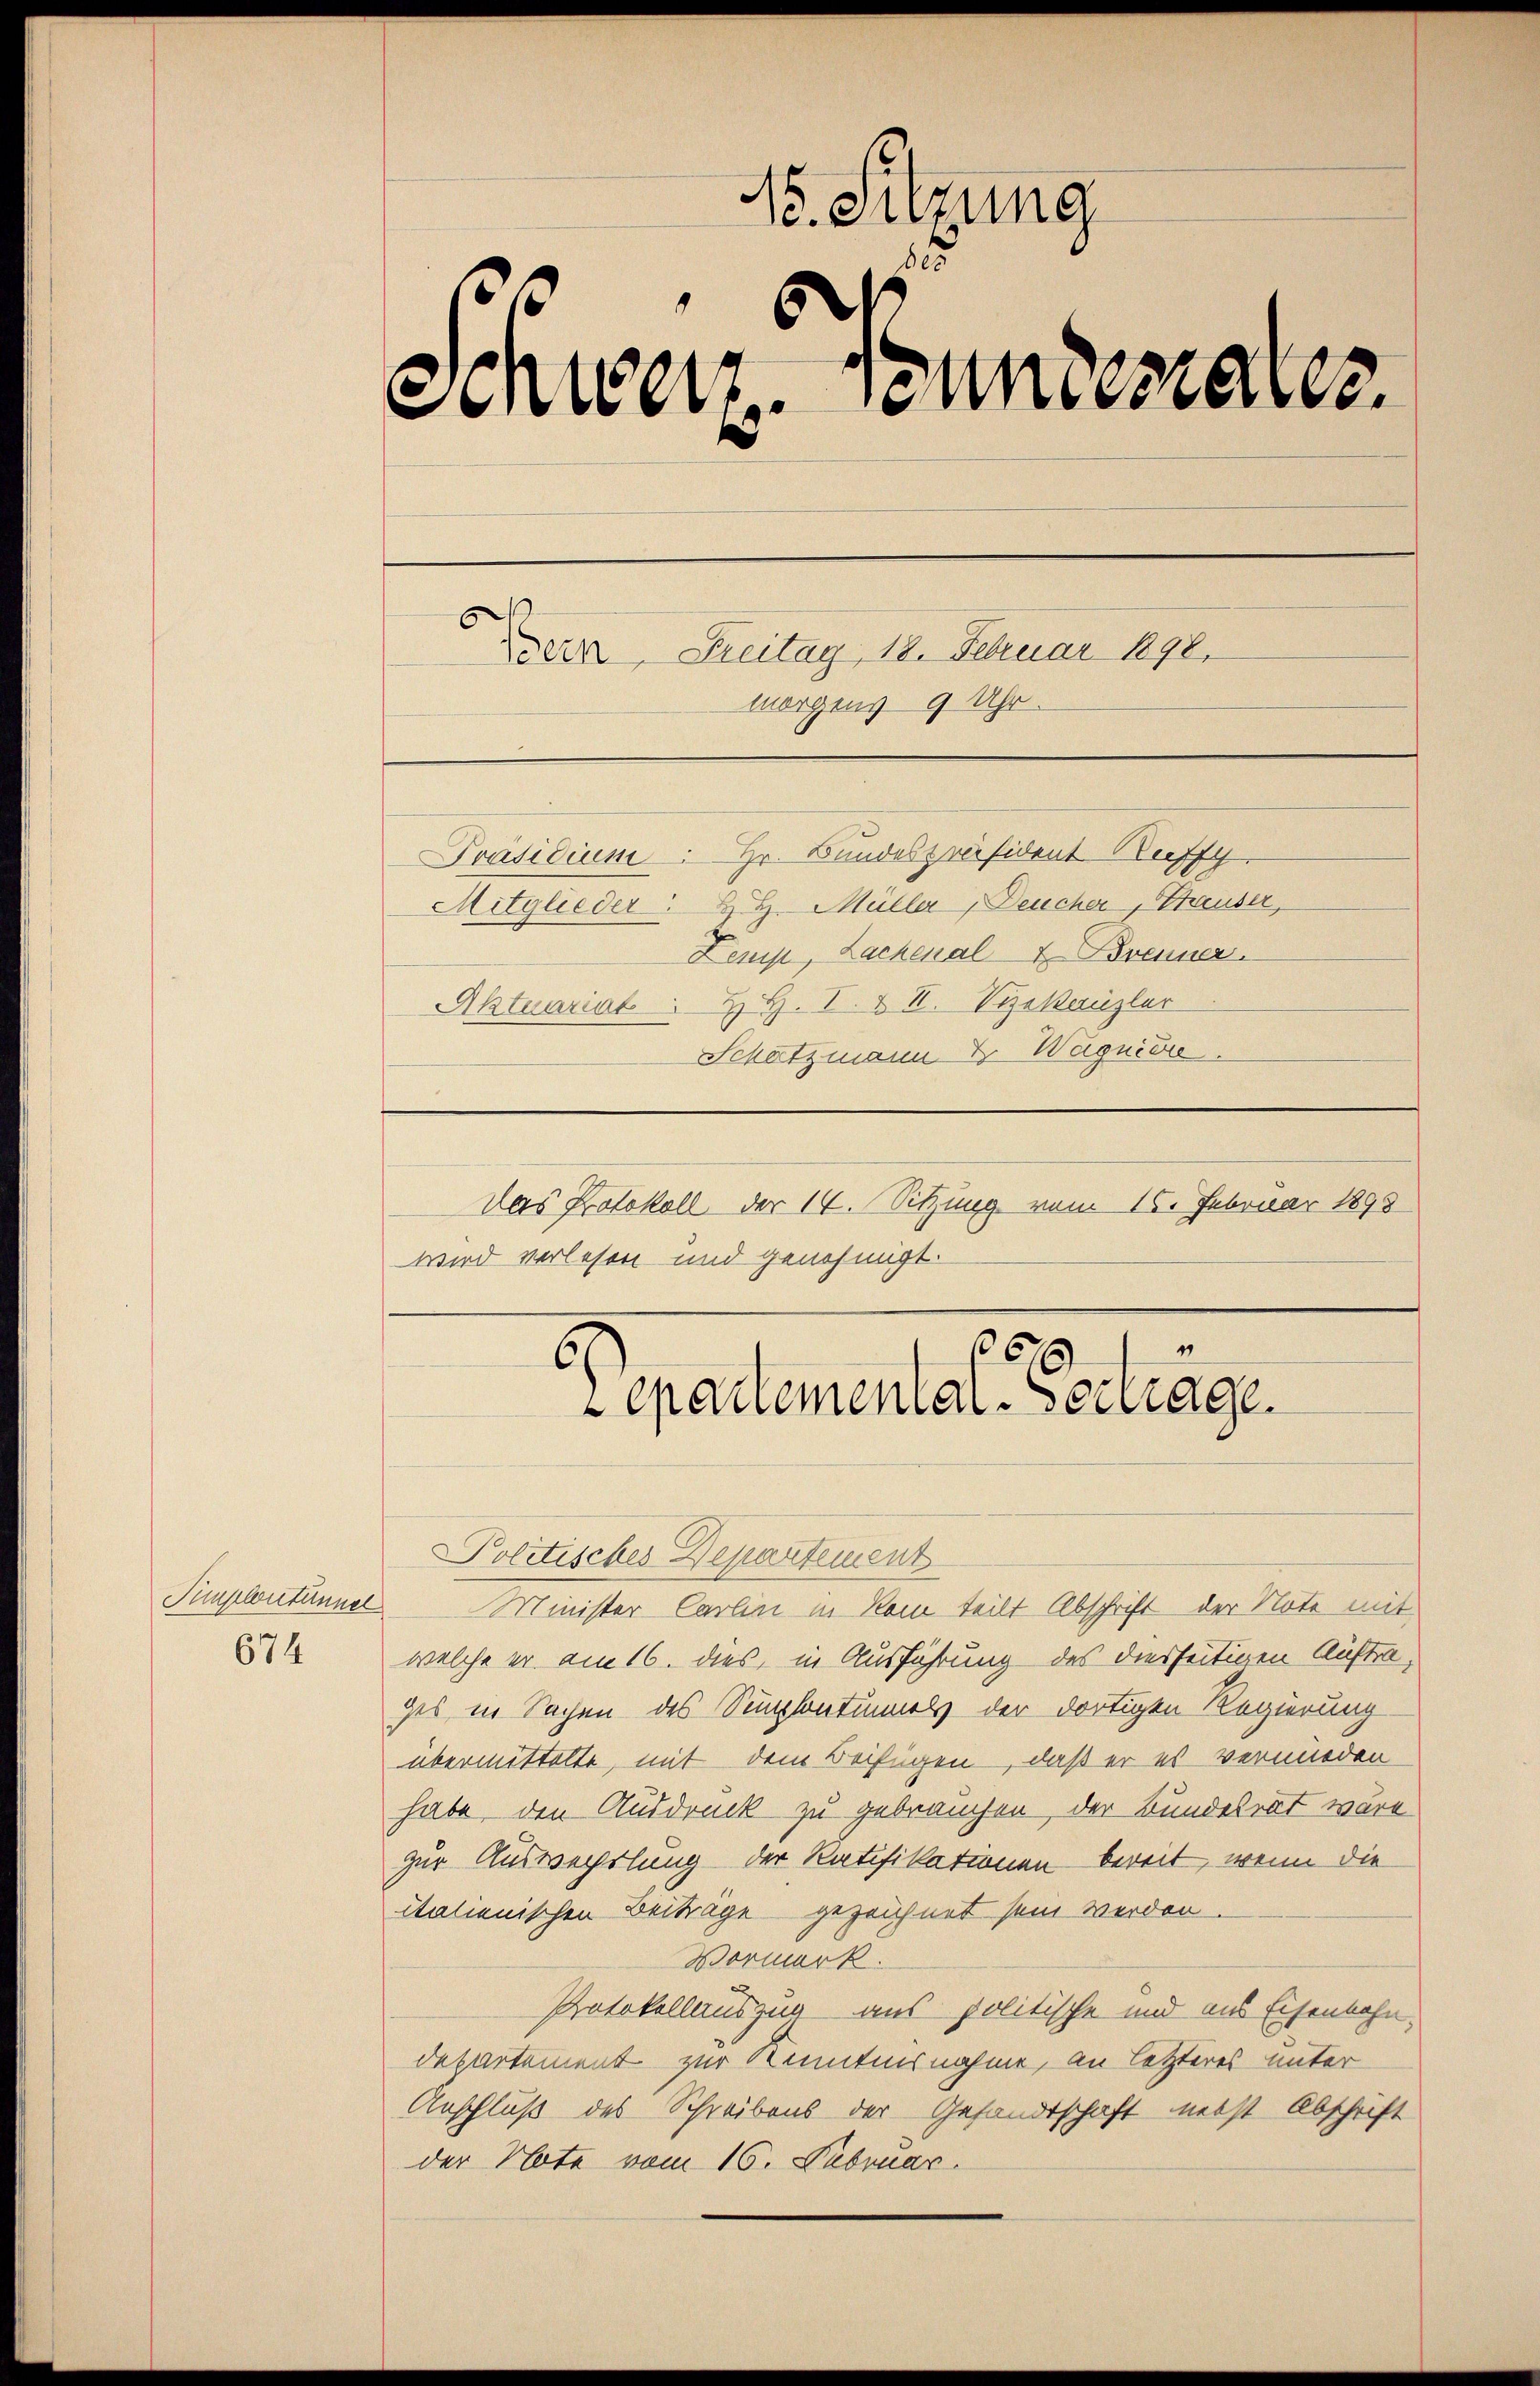
674

15. Sitzung
8
¬
Sinterz. Sonntestalter
Bern, Freitag, 18. Februar 1890.
morgens 9 Uhr.
Präsidium. Hr. Bundespräsident Buffy
Mitglieder: H. H. Müller, Deucher, Tauser,
Leup Lachenalt Brenner.
Aktuariat. H. H. I. & II. Syekanzler
Schatzmann & Wagnien.
Das Protokoll der 14. Sitzung vom 16. Februar 1893
wird verlesen und genehmigt.

"
36
3)
epartemental-Vertrage.

Politisches Departement
Simplontänner Minister Carlin in kam teilt Abschrift der Note mit
welche er am 16. dies, in Ausführung des diesseitigen Auftrages in Sachen des Sempfontuels der dortigen Regierung
übermittelte, mit dem Beifügen, daß er es vermieden
habe, den Ausdruck zu gebrauchen, der Bundesrat wäre
zur Auswechslung der Ratifikationen bereit, wenn die
italienischen Beiträge gezeichnet sein werden.
Vormerk.
Protokollauszug aus politische und aus Eisenbahndepartement zur Kenntnisnahme, an letzteres unter
Anschluß des Schreibens der Gesandtschaft nebst Abschrift
der Note vom 16. Februar.